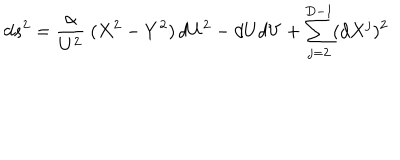
d s ^ { 2 } = \frac { \alpha } { U ^ { 2 } } ~ ( X ^ { 2 } - Y ^ { 2 } ) \, d U ^ { 2 } - d U d V + \sum _ { j = 2 } ^ { D - 1 } ( d X ^ { j } ) ^ { 2 }